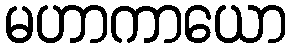
မဟာကာယော